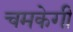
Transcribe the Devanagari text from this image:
चमकेगी